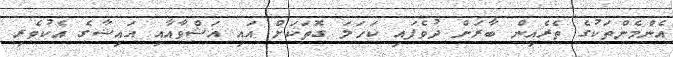
އެންމެންތަކުގެ ތެރެއިން ބާރަށް ދުވެފައި ކަހަލަ ގޮތަކަށް އައި އަޝްވާއާއި އައިޝާގެ އެކުވެރި